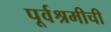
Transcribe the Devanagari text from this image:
पूर्वश्रमीची